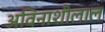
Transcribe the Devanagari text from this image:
अविनाशीलाल